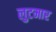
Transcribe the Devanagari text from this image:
लुटमार